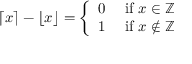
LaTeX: \lceil x \rceil - \lfloor x \rfloor = { \left\{ \begin{array} { l l } { 0 } & { { \mathrm { ~ i f ~ } } x \in \mathbb { Z } } \\ { 1 } & { { \mathrm { ~ i f ~ } } x \not \in \mathbb { Z } } \end{array} \right. }